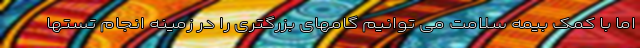
اما با کمک بیمه سلامت می توانیم گامهای بزرگتری را در زمینه انجام تستها